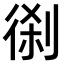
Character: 𠝨